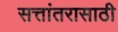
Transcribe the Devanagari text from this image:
सत्तांतरासाठी